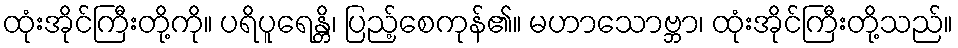
ထုံးအိုင်ကြီးတို့ကို။ ပရိပူရေန္တိ၊ ပြည့်စေကုန်၏။ မဟာသောဗ္ဘာ၊ ထုံးအိုင်ကြီးတို့သည်။